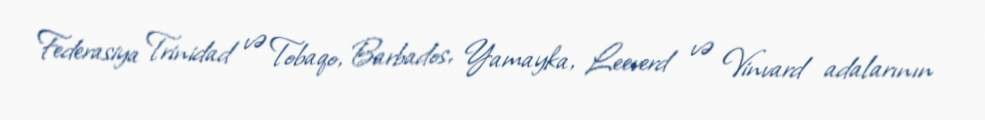
Federasiya Trinidad və Tobaqo, Barbados, Yamayka, Leeverd və Vinvard adalarının